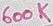
Text: 600K